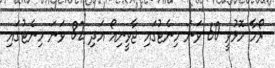
ރޯމާ މޮޅުވީ 60 ވަނަ މިނެޓުގައި ޖާވީނިއޯ އަދި 82 ވަނަ މިނެޓުގައި